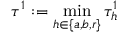
\tau ^ { 1 } : = \operatorname* { m i n } _ { h \in \{ a , b , r \} } \tau _ { h } ^ { 1 }